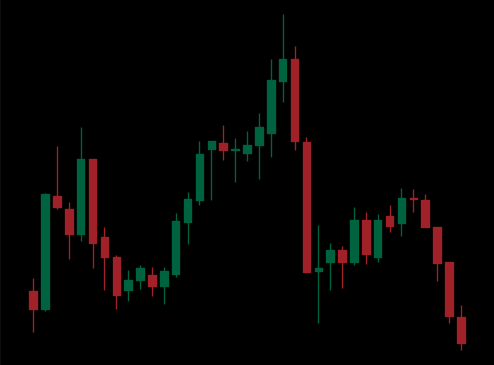
Pattern: head_shoulders